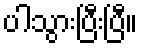
ပါသွားပြီးပြီ။